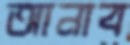
আনাব